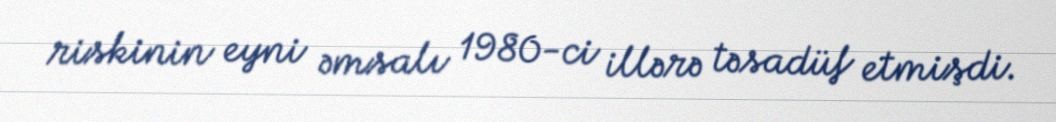
riskinin eyni əmsalı 1980-ci illərə təsadüf etmişdi.